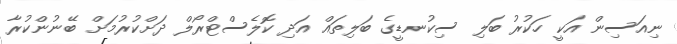
ނިއަސިން އަކީ ހަކުރު ބަލި ސިކުނޑީގެ ބަލިތައް އަދި ކޮލެސްޓްރޯލް ދަށްކުރުމަށް ބޭނުންކުރާ